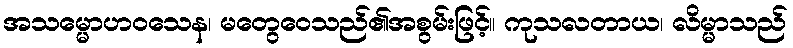
အသမ္မောဟဝသေန၊ မတွေဝေသည်၏အစွမ်းဖြင့်။ ကုသလတာယ၊ လိမ္မာသည်